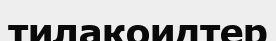
тилакоидтер